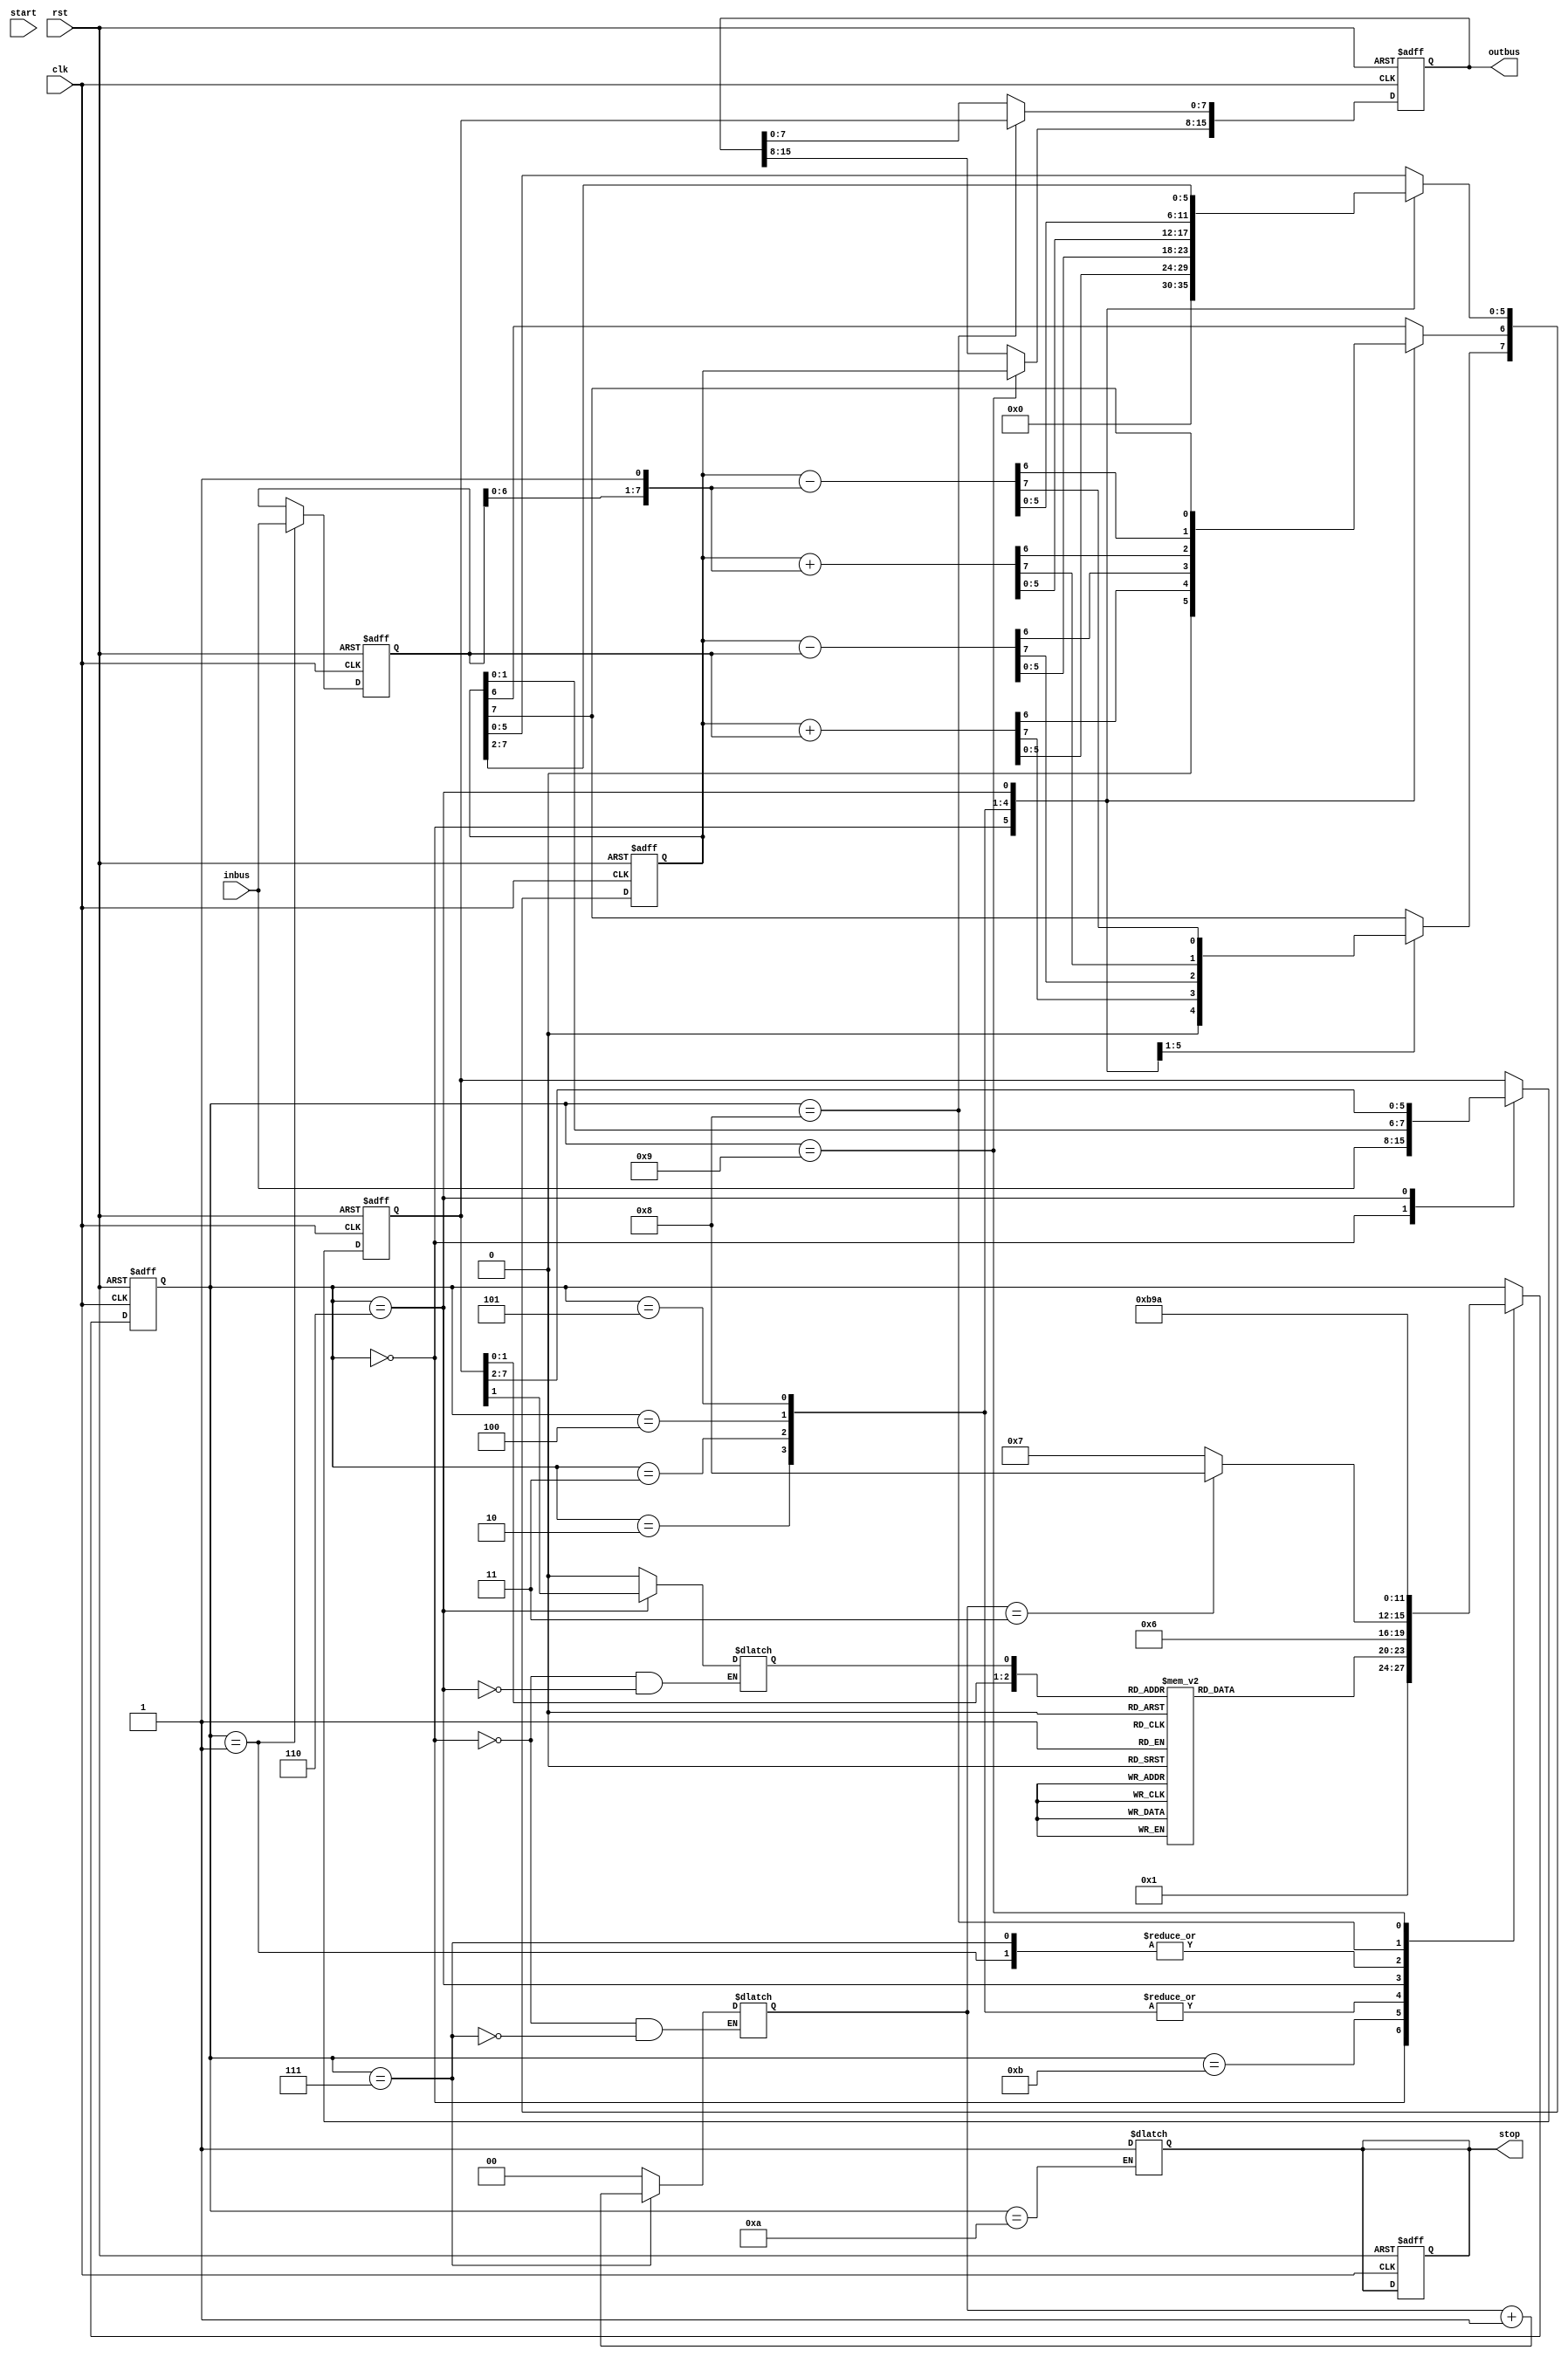
module radix4(
  input clk, rst, start, 
  input [7:0]inbus,
  output reg [15:0]outbus,
  output reg stop);
  
  reg [7:0] A_reg, A_next, M_reg, M_next, Q_reg, Q_next;
  reg Q;
  reg [3:0]state_reg, state_next;
  reg [1:0]count;
  reg [15:0] OUTBUS_next;
  
  wire aux;
  assign aux = A_reg[7];
  
  //secvential
  always @(posedge clk, negedge rst)
    begin
      if(!rst)
        begin
          A_reg<=8'd0;
          Q_reg<=8'd0;
          M_reg<=8'd0;
          outbus=16'd0;
          state_reg <= 4'd0;
          stop<=1'd0;
        end
      else
        begin
          A_reg<=A_next;
          Q_reg<=Q_next;
          M_reg<=M_next;
          state_reg <= state_next;
          outbus <= OUTBUS_next;
        end
      end
      
      always@(*)
      begin
        A_next=A_reg;
        Q_next=Q_reg;
        M_next=M_reg;
        state_next = state_reg;
        OUTBUS_next = outbus;
        case(state_reg)
            4'd0 : begin
              Q_next=inbus;
              A_next<=8'd0;
              Q=1'd0;
              count=2'd0;
              state_next=4'd1;
            end
            4'd1 : begin
              M_next=inbus;
              state_next=4'd11;
            end
            4'd11:
          begin
            case({Q_reg[1:0],Q})
              3'd0:
                state_next=4'd6;
              3'd1:
                state_next=4'd2;
              3'd2:
                state_next=4'd2;
              3'd3:
                state_next=4'd4;
              3'd4:
                state_next=4'd5;
              3'd5:
                state_next=4'd3;
              3'd6:
                state_next=4'd3;
              3'd7:
                state_next=4'd6;
            endcase
          end
              4'd2 : begin
                  A_next = A_reg + M_reg;
                  state_next=4'd6;
                end
              4'd3 : begin
                  A_next = A_reg - M_reg;
                  state_next=4'd6;
                 end
              4'd4 : begin
                 A_next = A_reg + {M_reg,1'b1};
                  state_next=4'd6;
               end
               4'd5 : begin
                 A_next = A_reg -  {M_reg,1'b1};
                  state_next=4'd6;
               end           
               4'd6 : begin
                 {A_next[5:0],Q_next,Q} = {A_reg , Q_reg[7:1]};
                 A_next[7]=aux;
                 A_next[6]=aux;
                 if(count==2'd3)
                  state_next=4'd8;
                else
                  state_next=4'd7;
               end
               4'd7: begin
                 count=count+1;
                state_next=4'd11;
                  end     
                4'd8: begin
                  OUTBUS_next[7:0] = Q_next;
                  state_next = 4'd9;
                end
                4'd9: begin
                  OUTBUS_next[15:8] = A_next;
                  state_next = 4'd10;
                end
                4'd10:
                  stop = 1'd1;
              endcase
            end
          endmodule